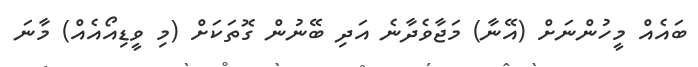
ބައެއް މީހުންނަށް (އޭނާ) މަޖާވެދާނެ އަދި ބޭނުން ގޮތަކަށް (މި ވީޑިއޯއެއް) މާނަ